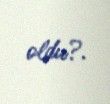
oldu?.